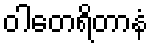
ဝါတေရိတာနံ